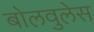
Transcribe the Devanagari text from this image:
बोलवुलेस